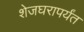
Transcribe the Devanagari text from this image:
शेजघरापर्यंत